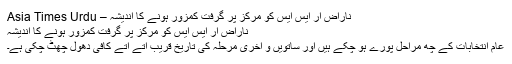
ناراض آر ایس ایس کو مرکز پر گرفت کمزور ہونے کا اندیشہ – Asia Times Urdu
ناراض آر ایس ایس کو مرکز پر گرفت کمزور ہونے کا اندیشہ
عام انتخابات کے چھ مراحل پورے ہو چکے ہیں اور ساتویں و آخری مرحلہ کی تاریخ قریب آتے آتے کافی دھول چھَٹ چکی ہے۔